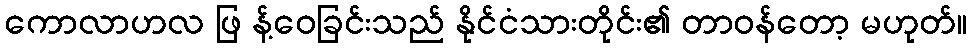
ကောလာဟလ ဖြ န့်ဝေခြင်းသည် နိုင်ငံသားတိုင်း၏ တာဝန်တော့ မဟုတ်။